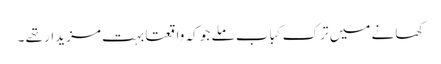
کھانے میں ترک کباب ملے جو کہ واقعتاً بہت مزیدار تھے ۔